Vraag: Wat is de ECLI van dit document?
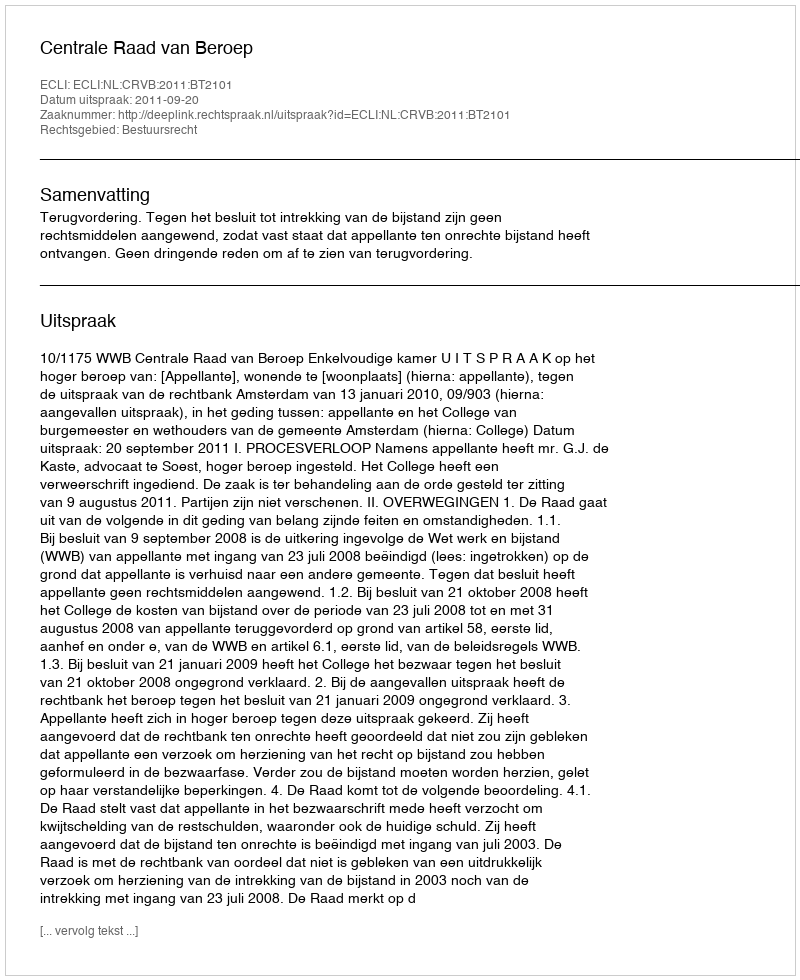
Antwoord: ECLI:NL:CRVB:2011:BT2101